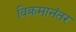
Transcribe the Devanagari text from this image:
विक्रमानंतर